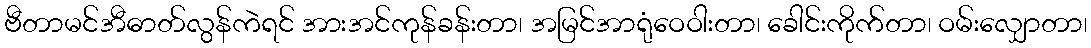
ဗီတာမင်အီဓာတ်လွန်ကဲရင် အားအင်ကုန်ခန်းတာ၊ အမြင်အာရုံဝေဝါးတာ၊ ခေါင်းကိုက်တာ၊ ဝမ်းလျှောတာ၊